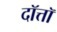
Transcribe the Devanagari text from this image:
दॉत्तॉ